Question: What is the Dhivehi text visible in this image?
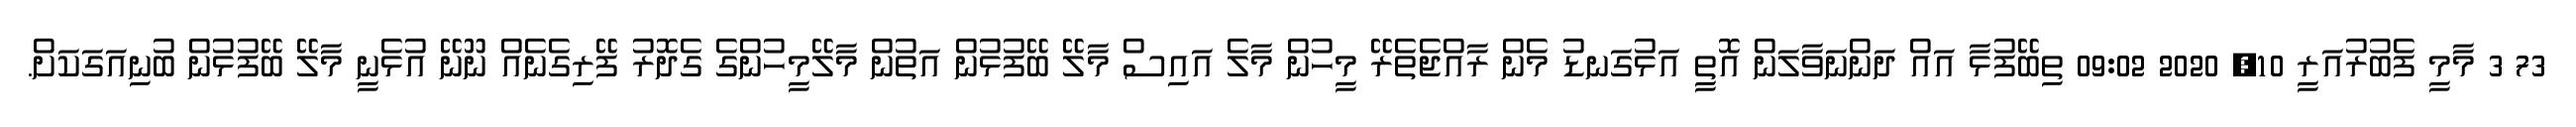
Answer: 73 3 މާމީ ފެބުރުއަރީ 10, 2020 09:02 ތިބޭފުޅާ އައް ދަންނަވާލަން އޮތީ އަޅުގަނޑު މެން ރާއްޖެތެރޭ މީހުން މާލެ އައިސް މާލޭ ބޭފުޅުން އަތުން މާލޭމީހުންގެ ގެދޮރު ފޭރިގެނެއް ނޫނޭ އުޅެނީ މާލޭ ބޭފުޅުން ބުނިއަގަކަށް.